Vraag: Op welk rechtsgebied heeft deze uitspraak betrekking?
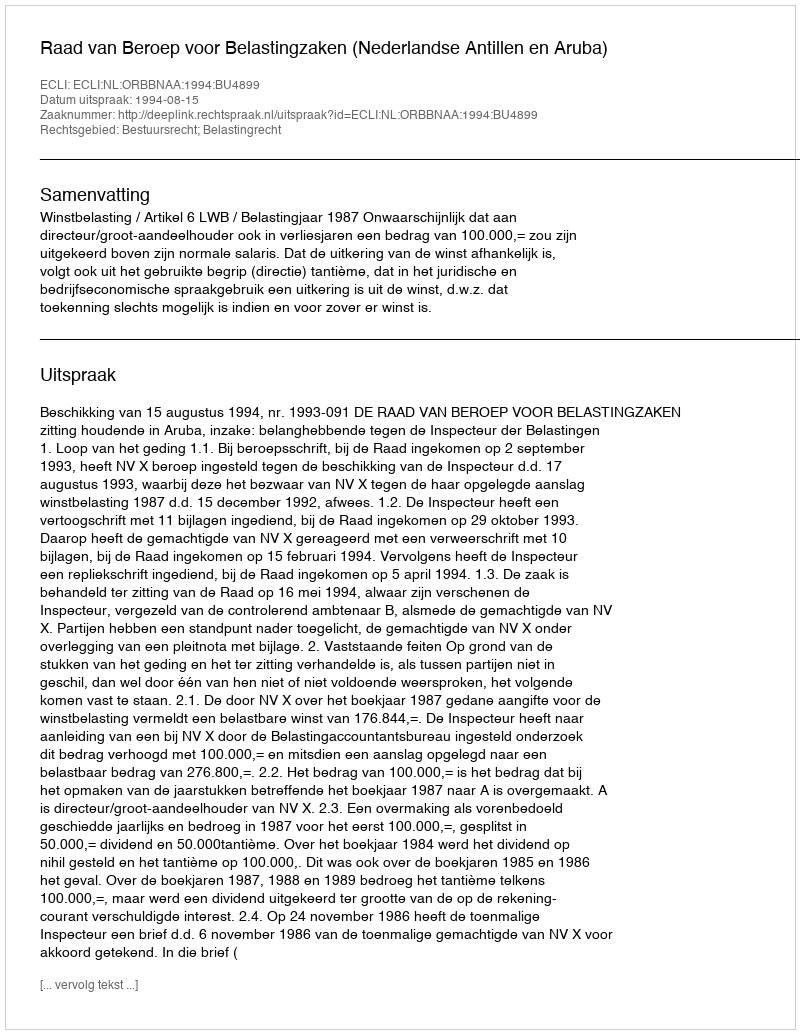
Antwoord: Bestuursrecht; Belastingrecht